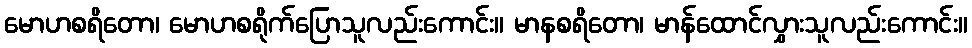
မောဟစရိတော၊ မောဟစရိုက်ပြောသူလည်းကောင်း။ မာနစရိတော၊ မာန်ထောင်လွှားသူလည်းကောင်း။